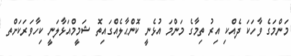
މަންމަގެ ވާހަކަ ދެއްކި އިރު ތިމާގެ މަންމަ އުޅެނީ ކޮންޙާލެއްގައިތޮ ޝަމީމްއަޅާލަނީ ކިހާވަރަކަށްތ